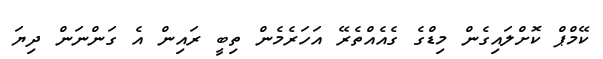
ކޭމްޕް ކޮށްލައިގެން މިޑްގެ ގެއެއްތެރޭ އަހަރެމެން ތިބީ ރައިން އެ ގަންނަން ދިޔަ